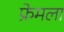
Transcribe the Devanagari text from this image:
फ्रेमला